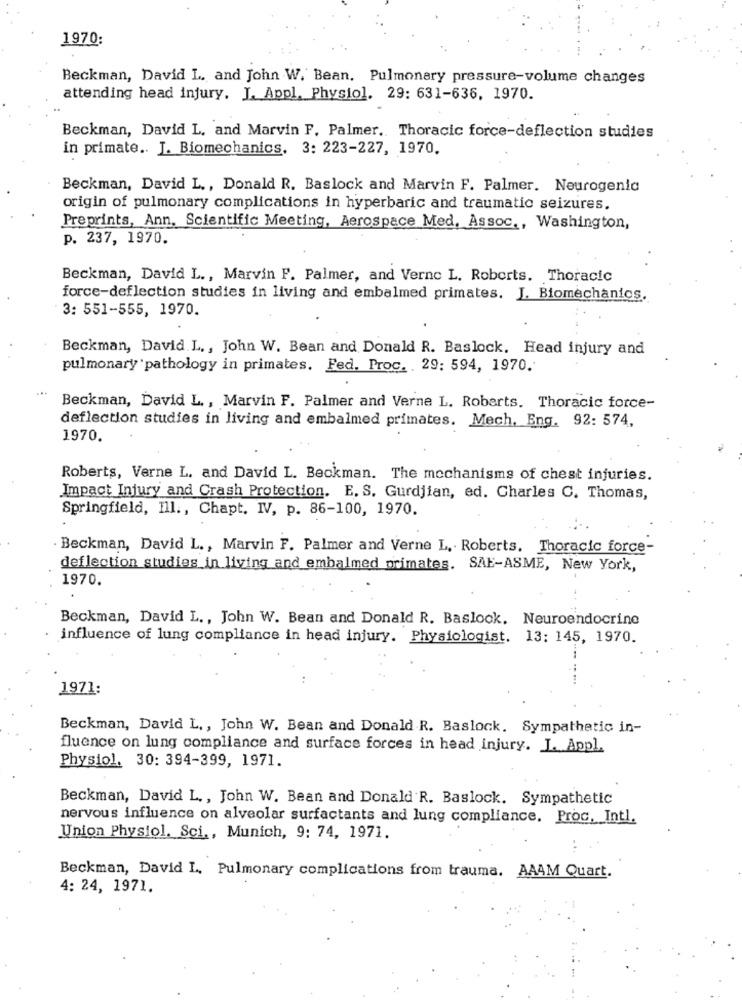
1970:
Beckman, David L. and John W. Bean. Pulmonary pressure-volume changes
attending head injury. J. Appl. Physiol. 29: 631-636, 1970.
Beckman, David L, and Marvin F. Palmer. Thoracic force-deflection studies
in primate .. J. Biomechanics, 3: 223-227, 1970.
Beckman, David L ., Donald R. Baslock and Marvin F. Palmer. Neurogenic
origin of pulmonary complications in hyperbaric and traumatic seizures.
Preprints, Ann. Scientific Meeting, Aerospace Med, Assoc ., Washington,
p. 237, 1970.
Beckman, David L ., Marvin F. Palmer, and Verne L. Roberts. Thoracic
force-deflection studies in living and embalmed primates. J. Biomechanics.
3: 551-555, 1970.
Beckman, David. L ., John W. Bean and Donald R. Baslock. Head injury and
pulmonary pathology in primates. Fed. Proc. 29: 594, 1970.
...
Beckman, David L. , Marvin F. Palmer and Verne L. Roberts. Thoracic force-
deflection studies in living and embalmed primates. Mech, Eng. 92: 574,
1970.
Roberts, Verne L. and David L. Beckman. The mechanisms of chest injuries.
Impact Injury and Crash Protection. E. S. Gurdjian, ed. Charles C. Thomas,
Springfield, Ill ., Chapt. IV, p. 86-100, 1970.
. Beckman, David L ., Marvin F. Palmer and Verne L. Roberts, Thoracic force-
deflection studies in living and embalmed primates. SAE-ASME, New York,
1970.
Beckman, David L ., John W. Bean and Donald R. Baslook. Neuroendocrine
influence of lung compliance in head injury. Physiologist. 13: 145, 1970.
1971:
Beckman, David L ., John W. Bean and Donald R. Baslock. Sympathetic in-
fluence on lung compliance and surface forces in head injury. J. Appl.
Physiol. 30: 394-399, 1971.
Beckman, David L ., John W. Bean and Donald R. Baslock. Sympathetic
nervous influence on alveolar surfactants and lung compliance. Proc, Intl.
Union Physiol. Sci ., Munich, 9: 74, 1971.
Beckman, David L, Pulmonary complications from trauma. AAAM Quart.
4: 24, 1971.